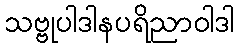
သဗ္ဗုပါဒါနပရိညာဝါဒါ